Development of the parasite of Indian kala azar - Number 53
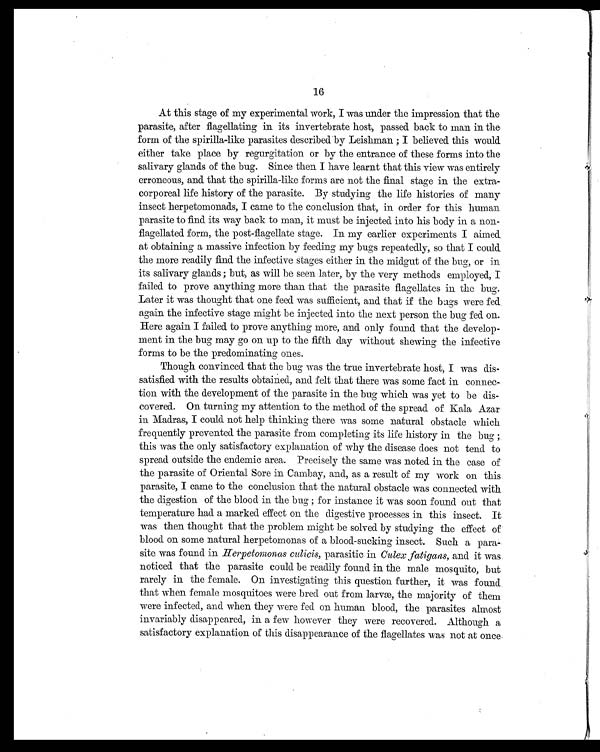
16
At this stage of my experimental work, I was under the impression that the
parasite, after flagellating in its invertebrate host, passed back to man in the
form of the spirilla-like parasites described by Leishman ; I believed. this would
either take place by regurgitation or by the entrance of these forms into the
salivary glands of the bug. Since then I have learnt that this view was entirely
erroneous, and that the spirilla-like forms are not the final stage in the extra-
corporeal life history of the parasite. By studying the life histories of many
insect herpetomonads, I came to the conclusion that, in order for this human
parasite to find its way back to man, it must be injected into his body in a non-
flagellated form, the post-flagellate stage. In my earlier experiments I aimed
at obtaining a massive infection by feeding my bugs repeatedly, so that I could
the more readily find the infective stages either in the midgut of the bug, or in
its salivary glands ; but, as will be seen later, by the very methods employed, I
failed to prove anything more than that the parasite flagellates in the bug.
Later it was thought that one feed was sufficient, and that if the bags were fed
again the infective stage might be injected into the next person the bug fed on.
Here again I failed. to prove anything more, and only found that the develop-
ment in the bug may go on up to the fifth day without spewing the infective
forms to be the predominating ones.
Though convinced that the bug was the true invertebrate host, I was dis-
satisfied with the results obtained, and felt that there was some fact in connec-
tion with the development of the parasite in the bug which was yet to be dis-
covered. On turning my attention to the method of the spread of Kala Azar
in Madras, I could not help thinking there was some natural obstacle which
frequently prevented the parasite from completing its life history in the bug ;.
this was the only satisfactory explanation of why the disease does not tend to
spread outside the endemic area. Precisely the same was noted in the case of
the parasite of Oriental Sore in Cambay, and, as a result of my work on this.
parasite, I came to the conclusion that the natural obstacle was connected with
the digestion of the blood in the bug ; for instance it was soon found out that
temperature had a marked effect on the digestive processes in this insect. It
was then thought that the problem might be solved by studying the effect of
blood on some natural herpetomonas of a blood-sucking insect. Such a para
site was found in Herpetomonas culicis, parasitic in Culex fatigaizs, and it was
noticed that the parasite could be readily found in the male mosquito, but
rarely in the female. On investigating this question further, it was found
that when female mosquitoes were bred out from larvae, the majority of them
were infected, and when they were fed on human blood, the parasites almost
invariably disappeared, in a few however they were recovered. Although a
satisfactory explanation of this disappearance of the flagellates was not at once